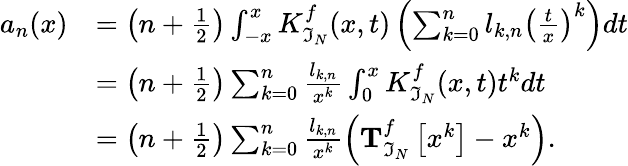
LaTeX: \begin{array}{rl}{a_{n}(x)}&{=\left(n+\frac{1}{2}\right)\int_{-x}^{x}K_{\mathfrak{I}_{N}}^{f}(x,t)\left(\sum_{k=0}^{n}l_{k,n}\left(\frac{t}{x}\right)^{k}\right)dt}\\ &{=\left(n+\frac{1}{2}\right)\sum_{k=0}^{n}\frac{l_{k,n}}{x^{k}}\int_{0}^{x}K_{\mathfrak{I}_{N}}^{f}(x,t)t^{k}dt}\\ &{=\left(n+\frac{1}{2}\right)\sum_{k=0}^{n}\frac{l_{k,n}}{x^{k}}\left(\mathbf{T}_{\mathfrak{I}_{N}}^{f}\left[x^{k}\right]-x^{k}\right).}\end{array}